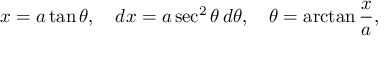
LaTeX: x = a \tan \theta , \quad d x = a \sec ^ { 2 } \theta \, d \theta , \quad \theta = \arctan { \frac { x } { a } } ,